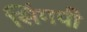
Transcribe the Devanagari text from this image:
सिंगपी